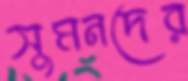
সুমনদের